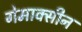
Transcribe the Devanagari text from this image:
गेमाक्सीन